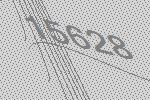
15628